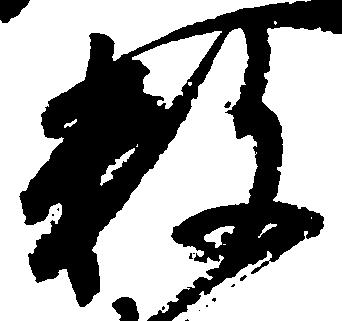
数